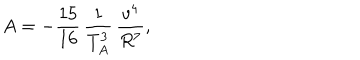
A = - \frac { 1 5 } { 1 6 } \, \frac { 1 } { T _ { A } ^ { 3 } } \, \frac { v ^ { 4 } } { R ^ { 7 } } ,